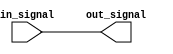
module TransmissionGateDelay(
    input wire in_signal,
    output reg out_signal
);

 reg gate_output;

 always @(*) begin
  gate_output = in_signal;
 end

 assign out_signal = gate_output;

endmodule